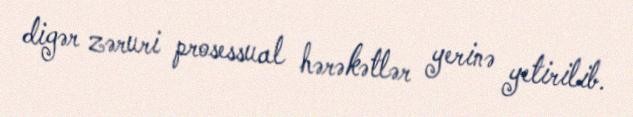
digər zəruri prosessual hərəkətlər yerinə yetirilib.